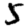
Digit: 5